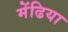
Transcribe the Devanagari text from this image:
मेंढिया